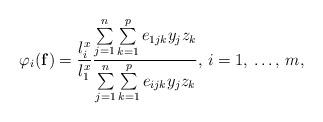
LaTeX: \begin{align*}\varphi_{i}(\mathbf{f})=\frac{l_{i}^{x}}{l_{1}^{x}}\frac{\sum\limits_{j=1}^n \sum\limits_{k=1}^p {e_{1jk}y_{j}z_{k}} }{\sum\limits_{j=1}^n \sum\limits_{k=1}^p {e_{ijk}y_{j}z_{k}} },\thinspace i=1,\thinspace \mathellipsis ,\thinspace m,\end{align*}